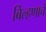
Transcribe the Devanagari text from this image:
बिल्हणाचे